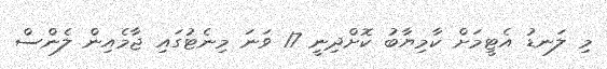
މި ލަނޑު އެޓީމަށް ކާމިޔާބު ކޮށްދިނީ 17 ވަނަ މިނެޓުގައި ޖާމެއިން ލެންސް